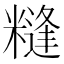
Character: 𱹚